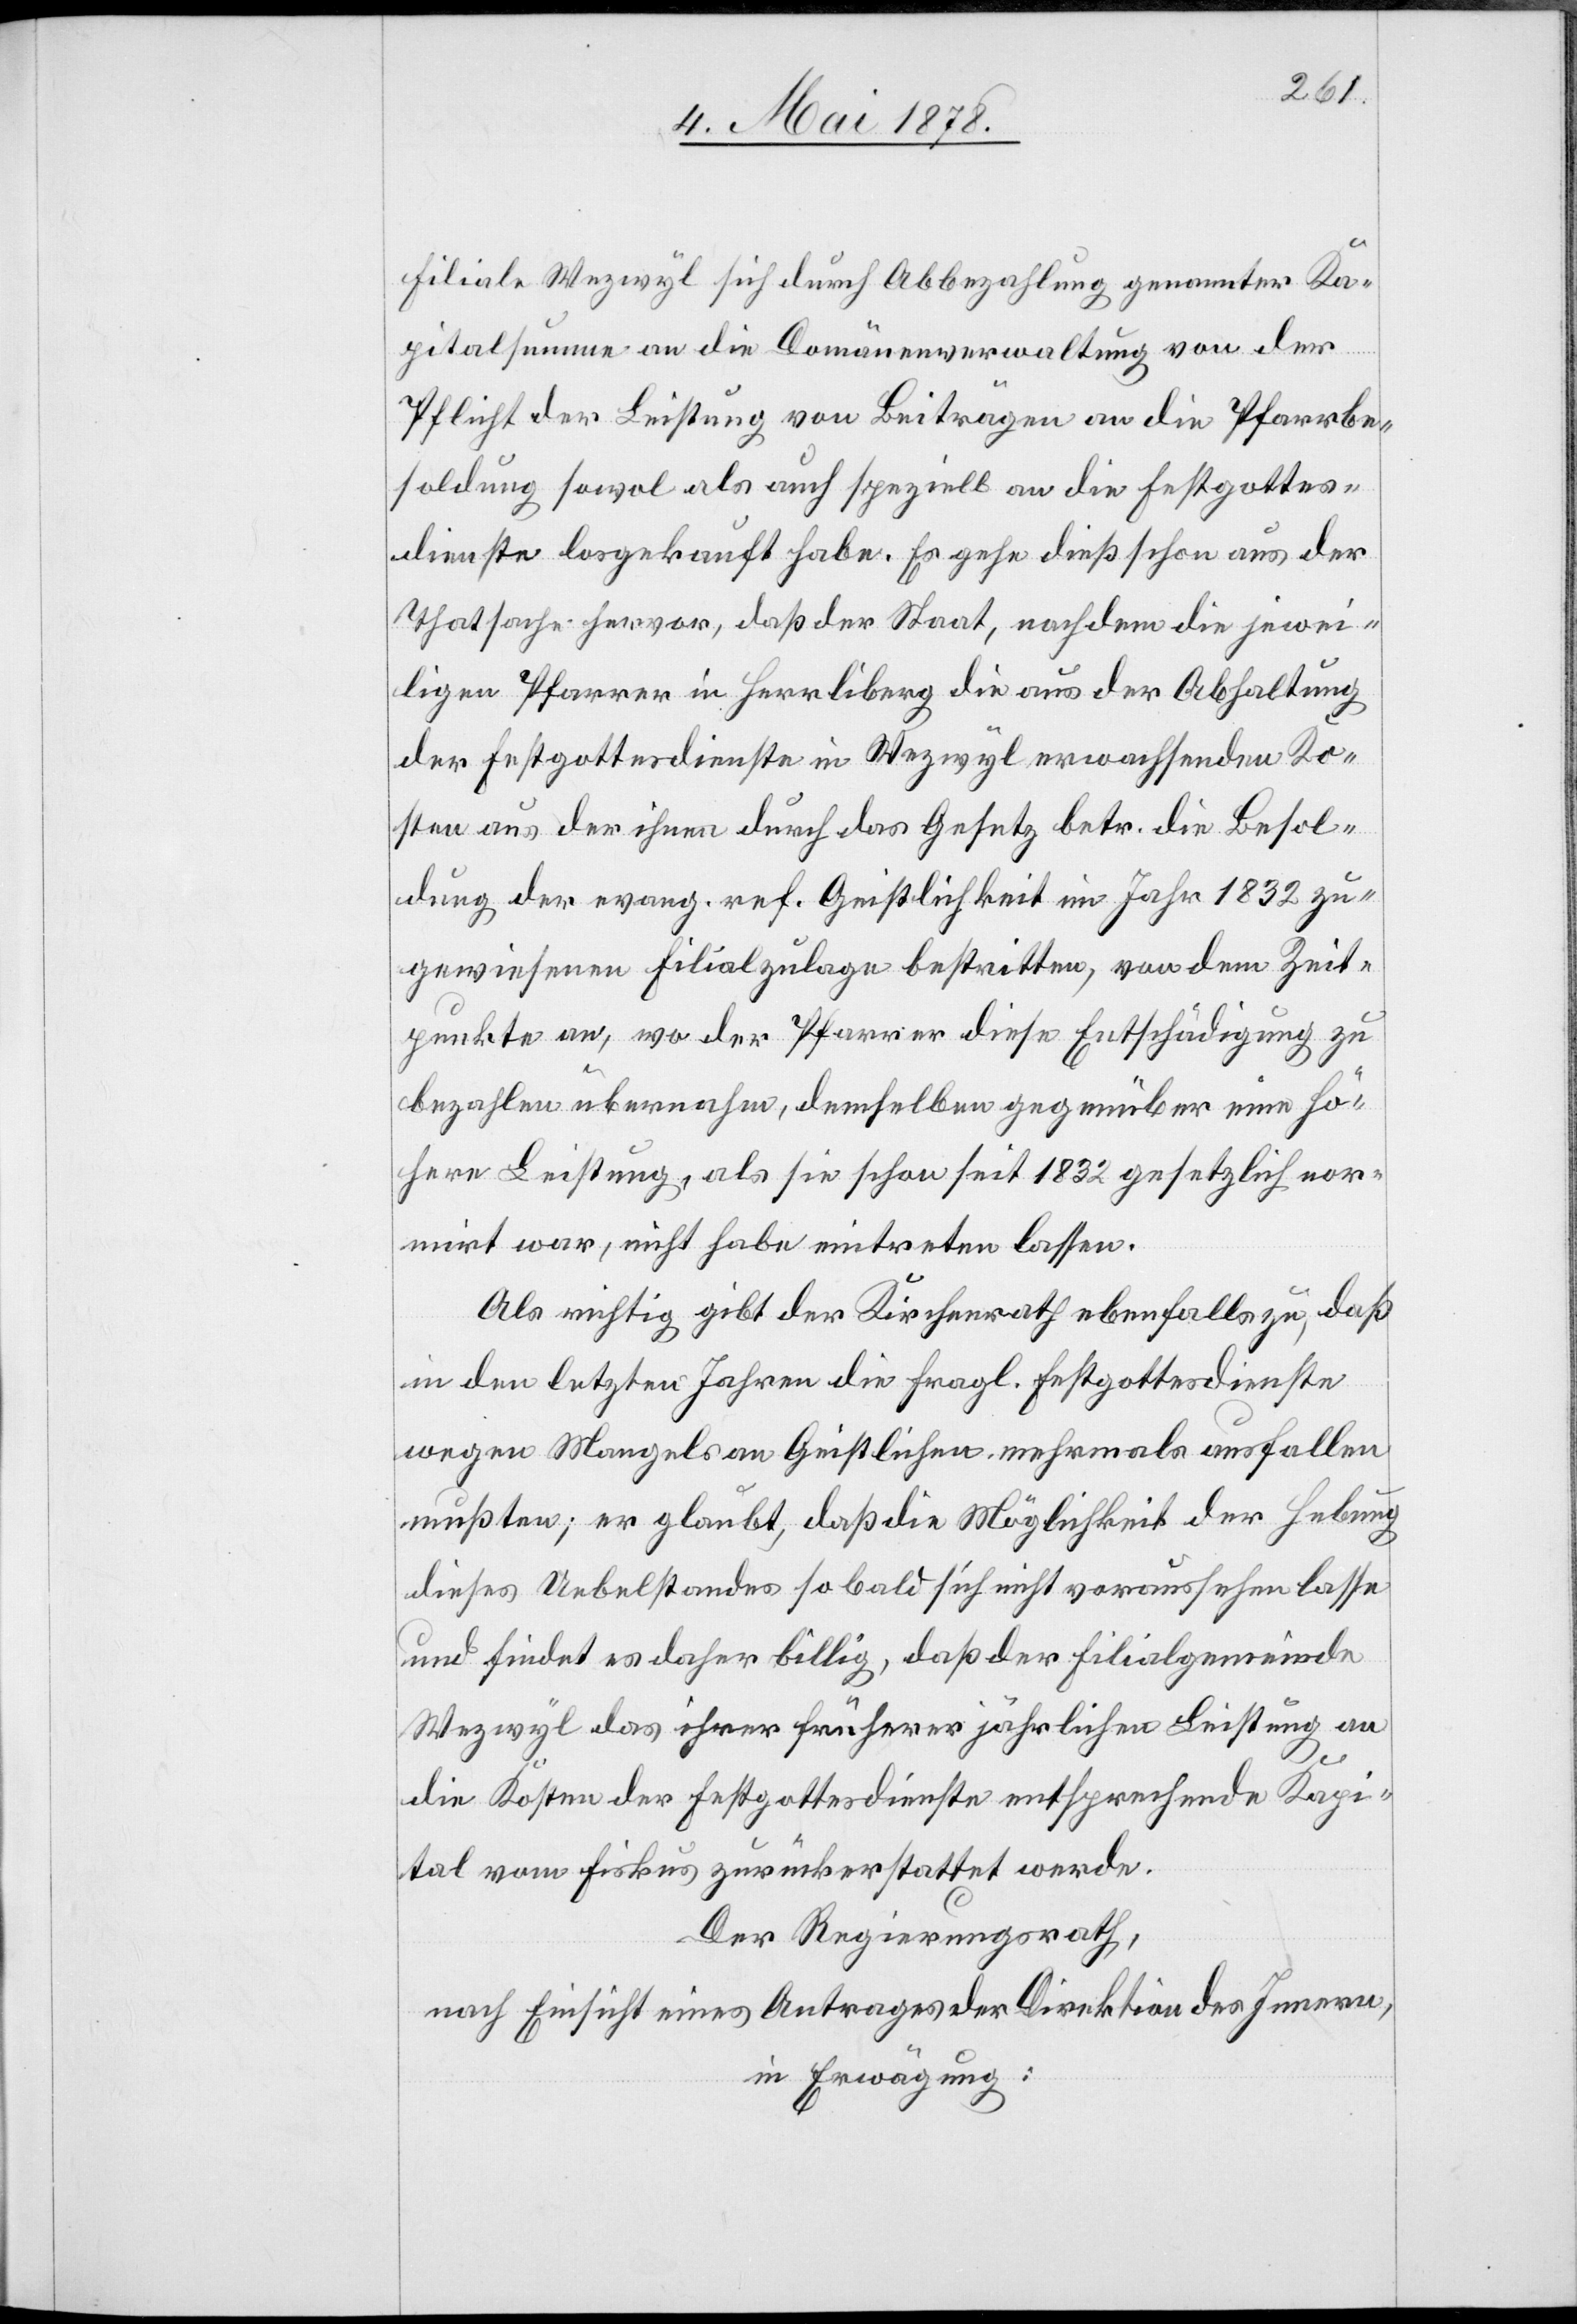
Filiale Wezwyl sich durch Abbezahlung genannter Ka¬
pitalsumme an die Domänenverwaltung von der
Pflicht der Leistung von Beiträgen an die Pfarrbe¬
soldung sowol als auch speziell an die Festgottes¬
dienste losgekauft habe. Es gehe dieß schon aus der
Thatsache hervor, daß der Staat, nachdem die jewei¬
ligen Pfarrer in Herrliberg die aus der Abhaltung
der Festgottesdienste in Wezwyl erwachsenden Ko¬
sten aus der ihnen durch das Gesetz betr. die Besol¬
dung der evang. ref. Geistlichkeit im Jahr 1832 zu¬
gewiesenen Filialzulage bestritten, von dem Zeit¬
punkte an, wo der Pfarrer diese Entschädigung zu
bezahlen übernahm, demselben gegenüber eine hö¬
here Leistung, als sie schon seit 1832 gesetzlich nor¬
mirt war, nicht habe eintreten lassen.
Als richtig gibt der Kirchenrath ebenfalls zu, daß
in den letzten Jahren die fragl. Festgottesdienste
wegen Mangels an Geistlichen mehrmals ausfallen
mußten; er glaubt, daß die Möglichkeit der Hebung
dieses Uebelstandes so bald sich nicht voraussehen lasse
und findet es daher billig, daß der Filialgemeinde
Wezwyl das ihrer früherer jährlichen Leistung an
die Kosten der Festgottesdienste entsprechende Kapi¬
tal vom Fiskus zurückerstattet werde.
Der Regierungsrath,
nach Einsicht eines Antrages der Direktion des Innern,
in Erwägung: